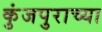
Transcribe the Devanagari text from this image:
कुंजपुराच्या